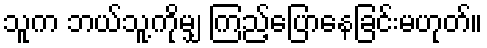
သူက ဘယ်သူ့ကိုမျှ ကြည့်ပြောနေခြင်းမဟုတ်။